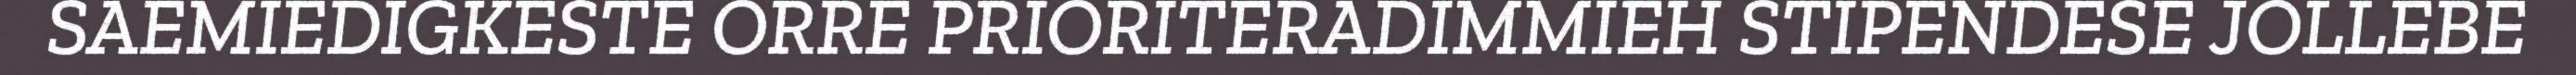
SAEMIEDIGKESTE ORRE PRIORITERADIMMIEH STIPENDESE JOLLEBE